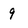
Character: 9